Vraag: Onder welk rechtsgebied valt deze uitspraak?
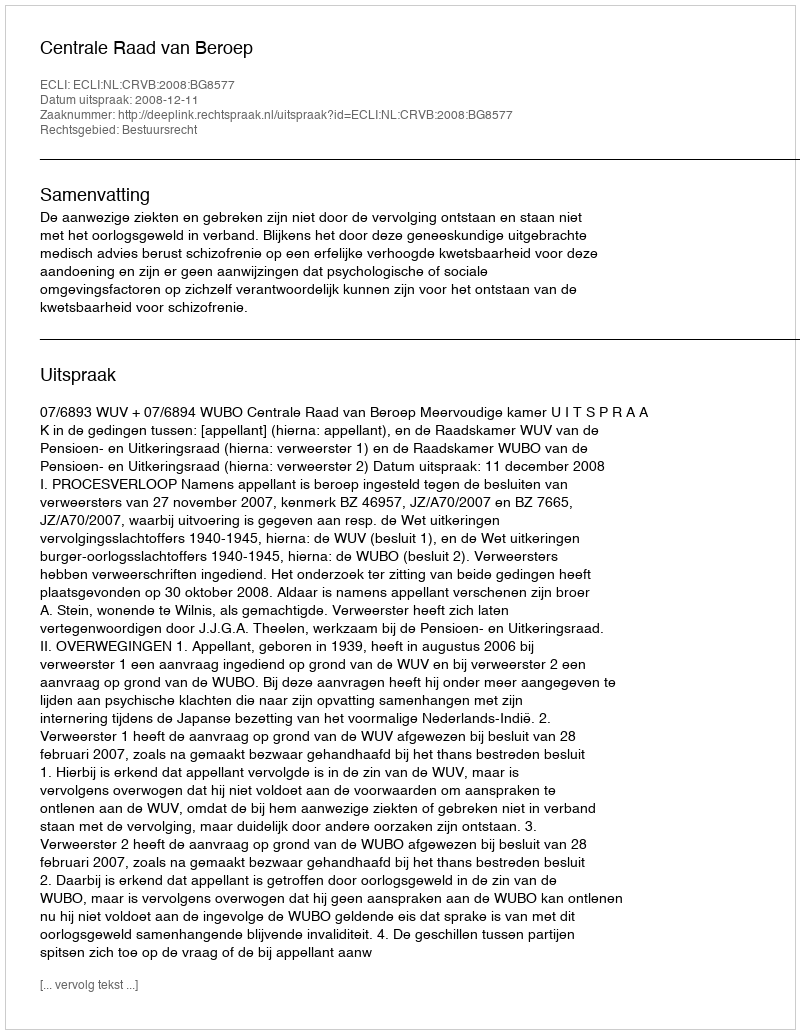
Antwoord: Bestuursrecht